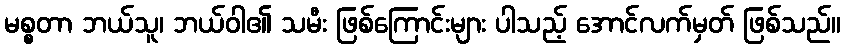
မစ္စတာ ဘယ်သူ၊ ဘယ်ဝါ၏ သမီး ဖြစ်ကြောင်းများ ပါသည့် အောင်လက်မှတ် ဖြစ်သည်။